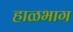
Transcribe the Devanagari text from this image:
हाळभाग